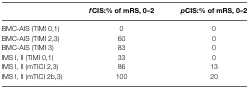
|  | f CIS:% of mRS, 0–2 | pCIS:% of mRS, 0–2 |
 | --- | --- | --- |
 | BMC-AIS (TIMI 0,1) | 0 | 0 |
 | BMC-AIS (TIMI 2,3) | 60 | 0 |
 | BMC-AIS (TIMI 3) | 83 | 0 |
 | IMS I, II (TIMI 0,1) | 33 | 0 |
 | IMS I, II (mTICI 2,3) | 86 | 13 |
 | IMS I, II (mTICI 2b,3) | 100 | 20 |